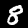
Digit: 8